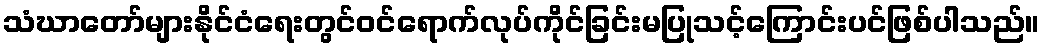
သံဃာတော်များနိုင်ငံရေးတွင်ဝင်ရောက်လုပ်ကိုင်ခြင်းမပြုသင့်ကြောင်းပင်ဖြစ်ပါသည်။